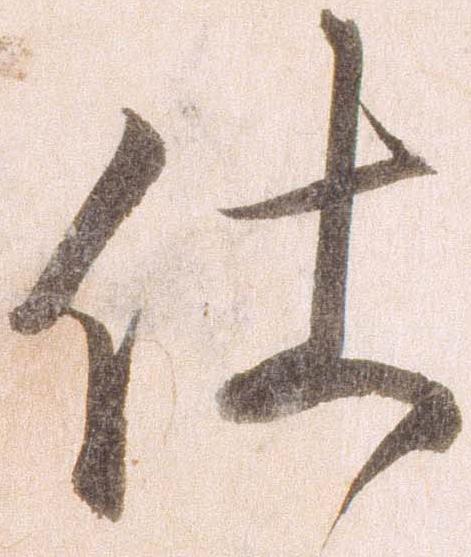
仕